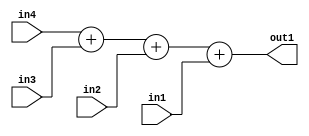
`timescale 1ps / 1ps
/*****************************************************************************
    Verilog RTL Description
    
    
    Created by: Stratus DpOpt 2019.1.01 
*******************************************************************************/

module st_feature_addr_gen_Add4u32u32u32u32_4_0 (
	in4,
	in3,
	in2,
	in1,
	out1
	); /* architecture "behavioural" */ 
input [31:0] in4,
	in3,
	in2,
	in1;
output [31:0] out1;
wire [31:0] asc001;

wire [31:0] asc001_tmp_0;
wire [31:0] asc001_tmp_1;
assign asc001_tmp_1 = 
	+(in4)
	+(in3);
assign asc001_tmp_0 = asc001_tmp_1
	+(in2);
assign asc001 = asc001_tmp_0
	+(in1);

assign out1 = asc001;
endmodule

/* CADENCE  uLj2Tgw= : u9/ySgnWtBlWxVPRXgAZ4Og= ** DO NOT EDIT THIS LINE ******/